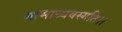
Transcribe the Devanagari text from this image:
नामाध्यवस्यति।।